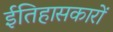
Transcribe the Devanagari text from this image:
ईतिहासकारों